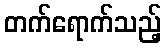
တက်ရောက်သည့်